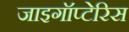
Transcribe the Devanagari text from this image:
जाइगॉप्टेरिस